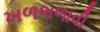
ખળભળાવી